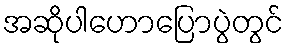
အဆိုပါဟောပြောပွဲတွင်